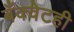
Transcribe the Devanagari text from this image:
बँक्वेटही